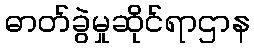
ဓာတ်ခွဲမှုဆိုင်ရာဌာန